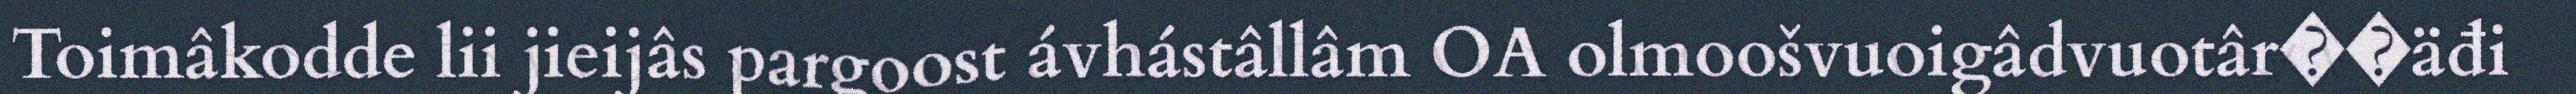
Toimâkodde lii jieijâs pargoost ávhástâllâm OA olmoošvuoigâdvuotâr��äđi